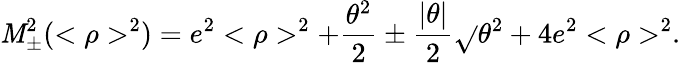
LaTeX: \mathit{M}_{\pm}^{2}(<\rho>^{2})=e^{2}<\rho>^{2}+\frac{{\theta^{2}}}{{2}}\pm\frac{{|\theta|}}{{2}}\sqrt{}{{\theta^{2}+4e^{2}<\rho>^{2}}}.